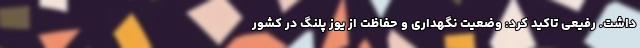
داشت. رفیعی تاکید کرد: وضعیت نگهداری و حفاظت از یوز پلنگ در کشور